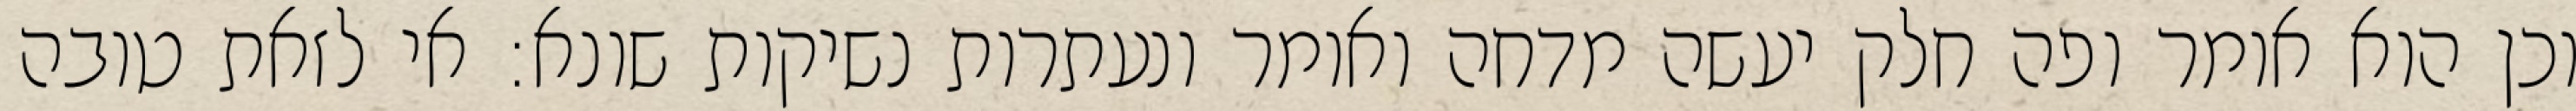
וכן הוא אומר ופה חלק יעשה מדחה ואומר ונעתרות נשיקות שונא: אי לזאת טובה